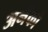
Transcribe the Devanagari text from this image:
अनेँको